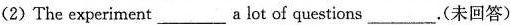
(2)The experiment___a lot of questions___.(未回答)